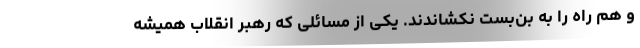
و هم راه را به بن‌بست نکشاندند. یکی از مسائلی که رهبر انقلاب همیشه